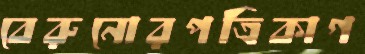
বেরুনোরপত্রিকাগ